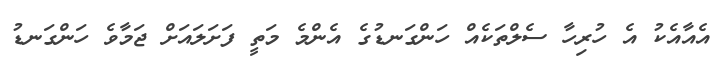
އެއާއެކު އެ ހުރިހާ ސެލްތަކެއް ހަންގަނޑުގެ އެންމެ މަތީ ފަށަލައަށް ޖަމާވެ ހަންގަނޑު